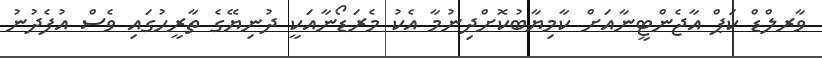
ވާރލްޑް ކަޕް އާޖެންޓީނާއަށް ކާމިޔާބުކޮށްދިނުމާ އެކު މެރަޑޯނާއަކީ ދުނިޔޭގެ ތާރީހުގައި ވެސް އުފެދުނު